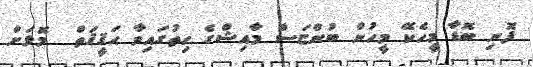
ފޮނި ބޮޑާ މީހެކޭ މީހުން ބުންޏަސް މާއިޝްގެ ހިތުގައިވާ ޙަޤީޤަތް  މޮޅަށް